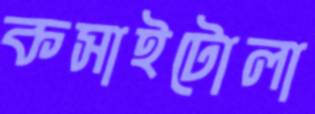
কসাইটোলা